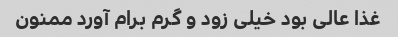
غذا عالی بود خیلی زود و گرم برام آورد ممنون